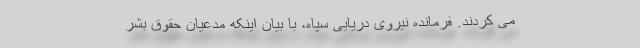
می کردند. فرمانده نیروی دریایی سپاه، با بیان اینکه مدعیان حقوق بشر